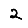
Digit: 2